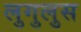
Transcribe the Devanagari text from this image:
लुगुलुस